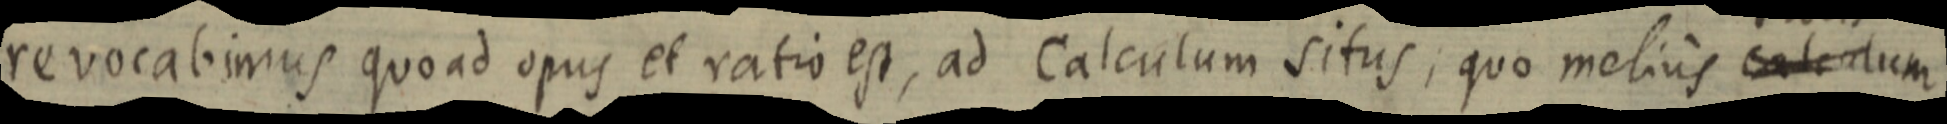
revocabimus quo ad opus et ratio est, ad Calculum situs, quo melius calendum